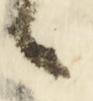
候